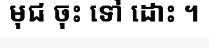
មុជ ចុះ ទៅ ដោះ ។